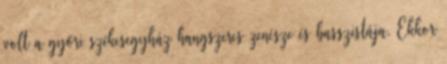
volt a győri székesegyház hangszeres zenésze és basszistája. Ekkor